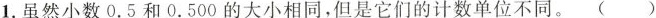
1. 虽然小数0.5和0.500的大小相同，但是它们的计数单位不同。( )